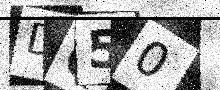
Text: DQ50